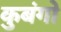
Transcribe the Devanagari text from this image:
कुबंगो